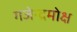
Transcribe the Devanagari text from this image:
गजेन्द्रमोक्ष